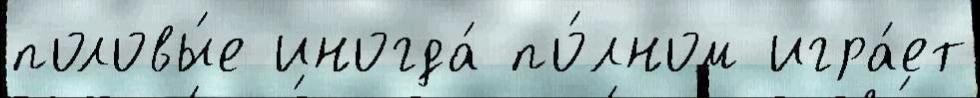
половы́е иногда́ по́лном игра́ет